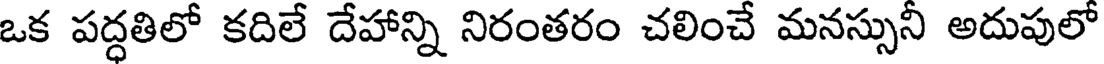
ఒక పద్ధతిలో కదిలే దేహాన్ని నిరంతరం చలించే మనస్సునీ అదుపులో